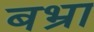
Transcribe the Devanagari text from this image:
बभ्रा